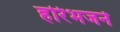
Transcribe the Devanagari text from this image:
हरिभजने